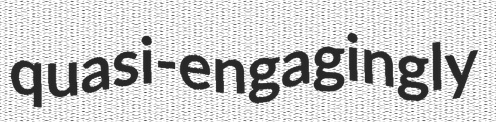
quasi-engagingly